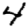
Digit: 4